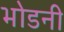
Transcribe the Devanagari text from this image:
भोडनी